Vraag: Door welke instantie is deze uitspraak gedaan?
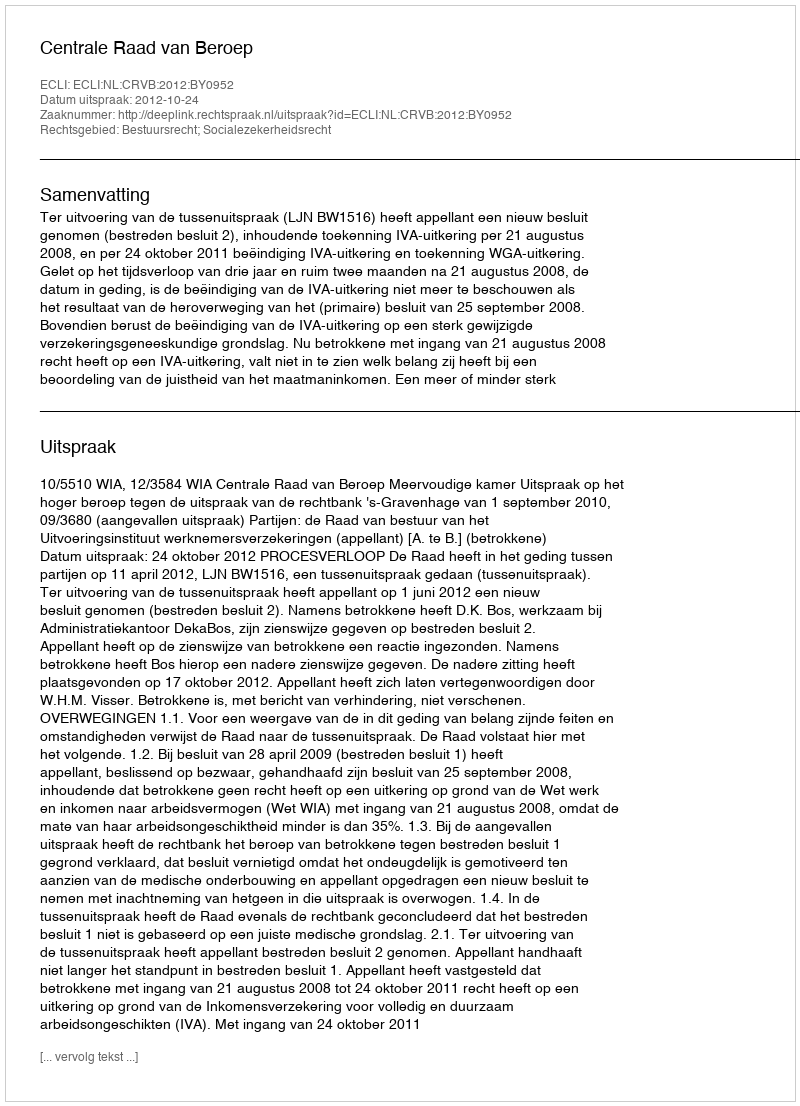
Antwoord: Centrale Raad van Beroep